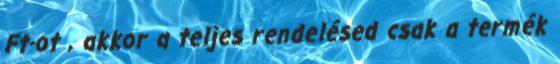
Ft-ot , akkor a teljes rendelésed csak a termék